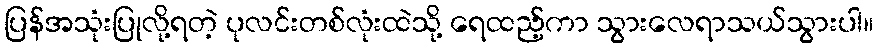
ပြန်အသုံးပြုလို့ရတဲ့ ပုလင်းတစ်လုံးထဲသို့ ရေထည့်ကာ သွားလေရာသယ်သွားပါ။